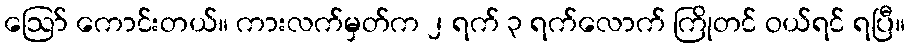
ဪ ကောင်းတယ်။ ကားလက်မှတ်က ၂ ရက် ၃ ရက်လောက် ကြိုတင် ဝယ်ရင် ရပြီ။